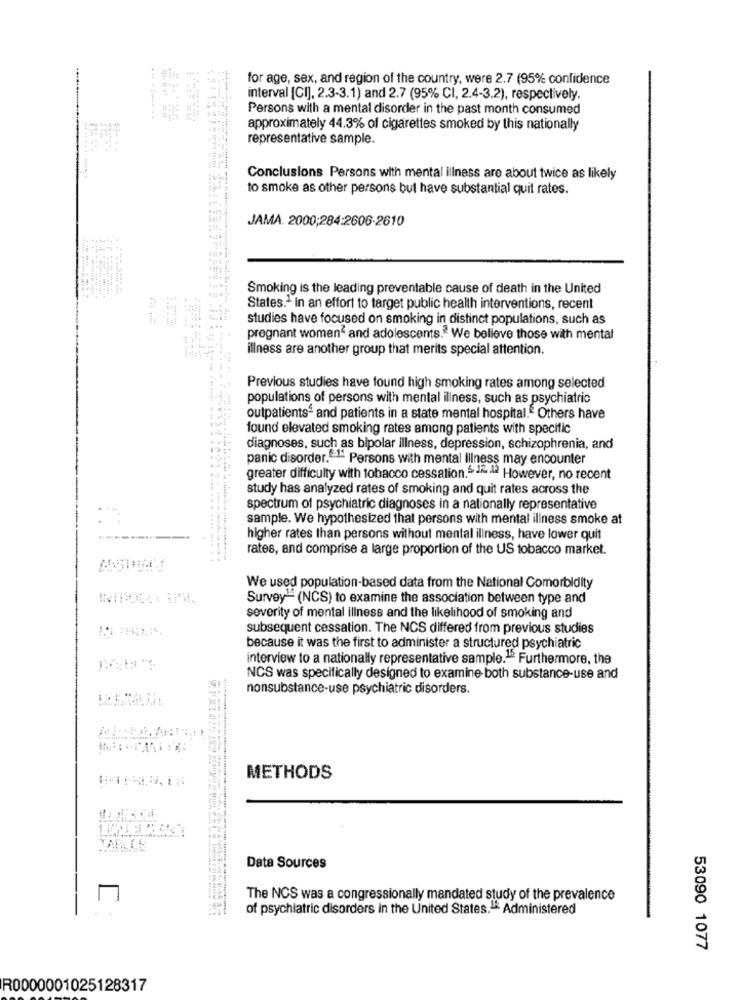
for age, sex, and region of the country, were 2.7 (95% confidence
interval [CI], 2.3-3.1) and 2.7 (95% CI, 2.4-3.2), respectively.
Persons with a mental disorder in the past month consumed
approximately 44.3% of cigarettes smoked by this nationally
representative sample.
Conclusions Persons with mental illness are about twice as likely
to smoke as other persons but have substantial quit rates.
JAMA. 2000;284:2606-2610
Smoking is the leading preventable cause of death in the United
States.1 In an effort to target public health interventions, recent
studies have focused on smoking in distinct populations, such as
pregnant women" and adolescents. We believe those with mental
illness are another group that merits special attention.
Previous studies have found high smoking rates among selected
populations of persons with mental illness, such as psychiatric
outpatients and patients in a state mental hospital. Others have
found elevated smoking rates among patients with specific
diagnoses, such as bipolar illness, depression, schizophrenia, and
panic disorder.""- Persons with mental Illness may encounter
greater difficulty with tobacco cessation.5 .... However, no recent
study has analyzed rates of smoking and quit rates across the
spectrum of psychiatric diagnoses in a nationally representative
. :
sample. We hypothesized that persons with mental illness smoke at
------
higher rates than persons without mental illness, have lower quit
rates, and comprise a large proportion of the US tobacco market.
We used population-based data from the National Comorbidity
Survey1 (NCS) to examine the association between type and
severity of mental illness and the likelihood of smoking and
subsequent cessation. The NCS differed from previous studies
because it was the first to administer a structured psychiatric
interview to a nationally representative sample.1. Furthermore, the
NCS was specifically designed to examine both substance-use and
nonsubstance-use psychiatric disorders.
METHODS
Data Sources
The NCS was a congressionally mandated study of the prevalence
of psychiatric disorders in the United States."* Administered
53090 1077
R0000001025128317